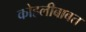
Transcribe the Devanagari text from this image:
कोहलीबाबत